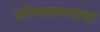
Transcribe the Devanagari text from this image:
जोपासण्याचा